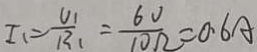
I _ { 1 } = \frac { V _ { 1 } } { R _ { 1 } } = \frac { 6 V } { 1 0 \Omega } = 0 . 6 A